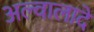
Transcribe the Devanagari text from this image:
अल्वालादे